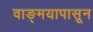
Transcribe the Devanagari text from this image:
वाङ्‌मयापासून